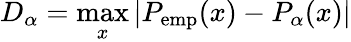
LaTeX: D_{\alpha}=\operatorname*{max}_{x}|P_{\mathrm{emp}}(x)-P_{\alpha}(x)|